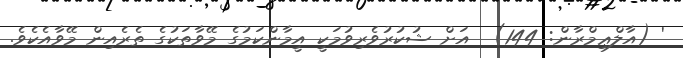
' (އާލްޢިމްރާން: 144)  އަށް ޝުކުރުވެރިވުމަކީ އީމާންކަމުގެ މޭވާތަކުގެ ތެރެއިން މޭވާއެކެވެ.